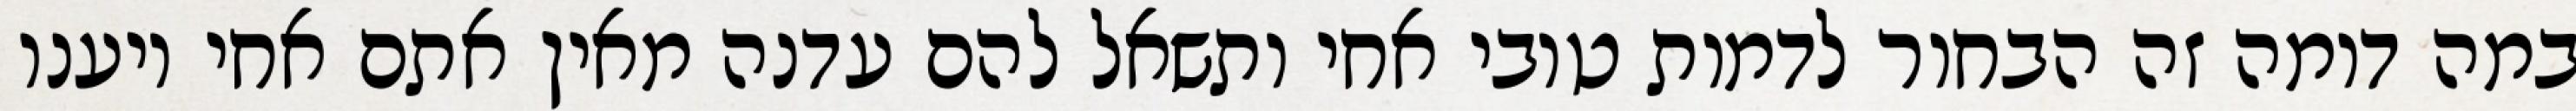
במה דומה זה הבחור לדמות טובי אחי ותשאל להם עדנה מאין אתם אחי ויענו